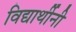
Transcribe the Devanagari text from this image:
विद्यार्थीनी